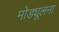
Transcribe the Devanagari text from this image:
मोड्यूलना